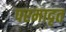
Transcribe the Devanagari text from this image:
परमादृत